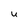
Character: U